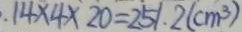
1 4 \times 4 \times 2 0 = 2 5 1 . 2 ( c m ^ { 3 } )